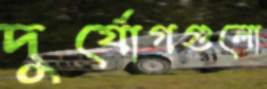
দুর্যোগগুলো